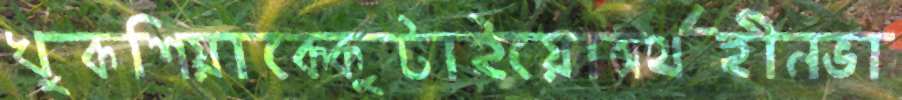
খুকশিয়াকেকুটাইয়োঅর্থহীনভা